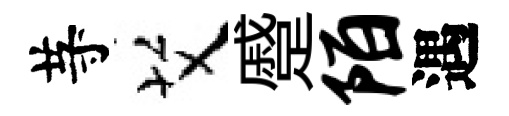
䒭艾蹙陌遇